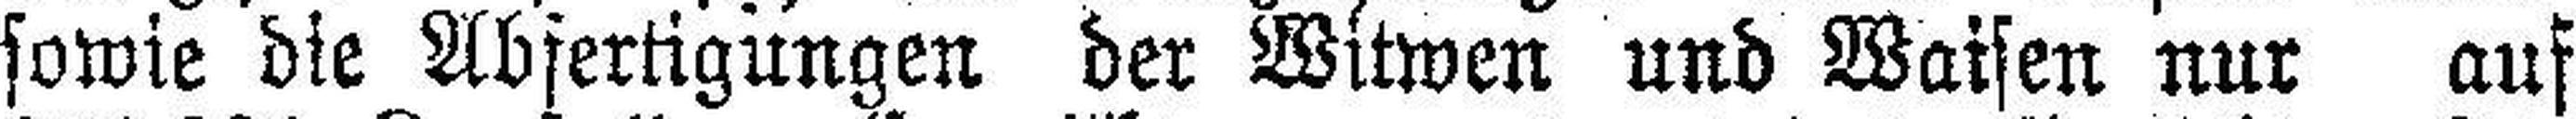
sowie die Abfertigungen der Witwen und Waisen nur auf